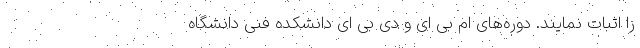
را اثبات نمایند. دوره‌های ام بی ای و دی بی ای دانشکده فنی دانشگاه